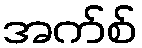
အက်စ်